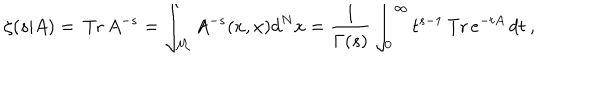
\zeta ( s | A ) = \, \mathrm { T r } \, A ^ { - s } = \int _ { { \cal M } } A ^ { - s } ( x , x ) d ^ { N } x = \frac { 1 } { \Gamma ( s ) } \int _ { 0 } ^ { \infty } t ^ { s - 1 } \, \mathrm { T r } \, e ^ { - t A } \, d t \: ,